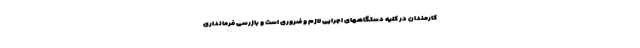
کارمندان در کلیه دستگاههای اجرایی لازم و ضروری است و بازرسی فرمانداری